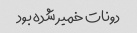
دونات خمیر شده بود